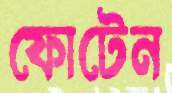
ফোটেন